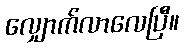
လျှောက်လာလေပြီ။